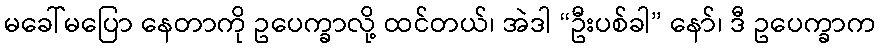
မခေါ်မပြော နေတာကို ဥပေက္ခာလို့ ထင်တယ်၊ အဲဒါ “ဦးပစ်ခါ” နော်၊ ဒီ ဥပေက္ခာက